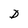
Character: D